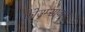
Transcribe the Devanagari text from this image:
फोउम्सावान